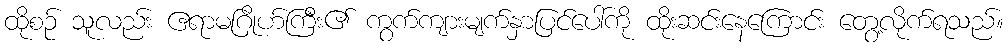
ထိုစဉ် သူလည်း ဧရာမဂြိုဟ်ကြီး၏ ကွက်ကျားမျက်နှာပြင်ပေါ်ကို ထိုးဆင်းနေကြောင်း တွေ့လိုက်ရသည်။